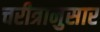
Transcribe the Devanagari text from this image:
चरीत्रानुसार